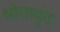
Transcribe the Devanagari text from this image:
श्रोतावृंद